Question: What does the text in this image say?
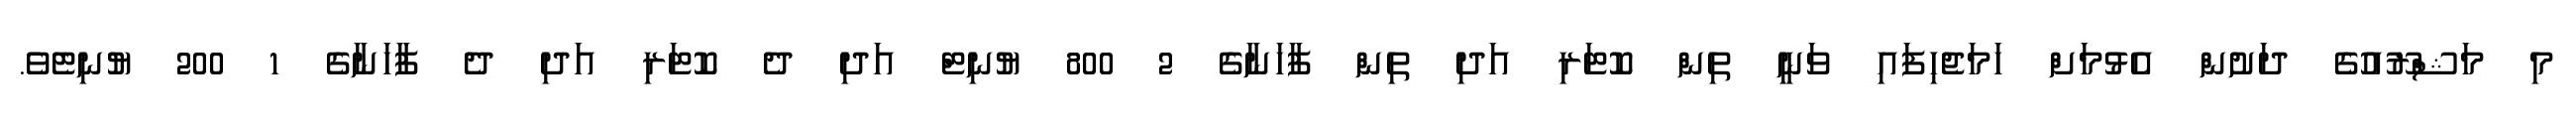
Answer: މި މަޝްރޫއުގެ ދަށުން އެޅުމަށް ހަމަޖެހިފައި ވަނީ ތިން ކޮޓަރި އަދި ތިން ފާހަނާގެ 2 800 ޔުނިޓް އަދި ދެ ކޮޓަރި އަދި ދެ ފާހަނާގެ 1 200 ޔުނިޓެވެ.